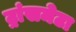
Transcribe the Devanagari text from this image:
ट्रांसमेटा